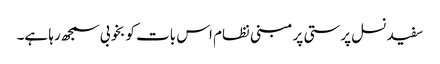
سفید نسل پرستی پر مبنی نظام اس بات کو بخوبی سمجھ رہا ہے۔